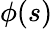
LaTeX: \phi(s)